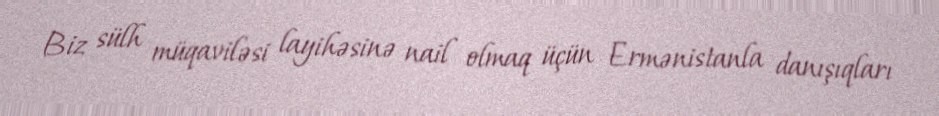
Biz sülh müqaviləsi layihəsinə nail olmaq üçün Ermənistanla danışıqları